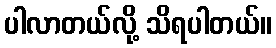
ပါလာတယ်လို့ သိရပါတယ်။